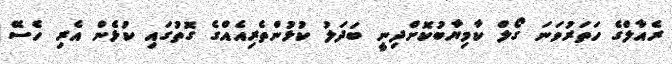
ރެއާލްގެ ހަތަރުވަނަ ގޯލް ކާމިޔާބުކޮށްދިނީ ބަދަލު ކުޅުންތެރިއެއްގެ ގޮތުގައި ކުޅެން އެރި ހެސޭ